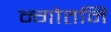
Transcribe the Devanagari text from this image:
न्गोतनि